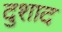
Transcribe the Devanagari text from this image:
दुशाद